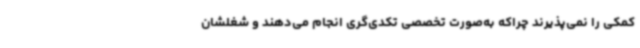
کمکی را نمی‌پذیرند چراکه به‌صورت تخصصی تکدی‌گری انجام می‌دهند و شغلشان